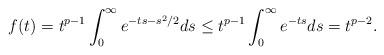
LaTeX: \begin{align*}f(t)=t^{p-1}\int_{0}^\infty e^{-ts-s^2/2}ds\le t^{p-1}\int_0^\infty e^{-ts} ds=t^{p-2}.\end{align*}